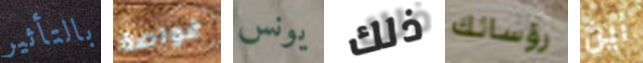
بالتأثير غواصة يونس ذلك رؤسائك أين